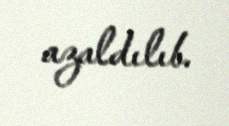
azaldılıb.